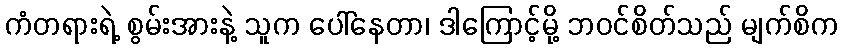
ကံတရားရဲ့ စွမ်းအားနဲ့ သူက ပေါ်နေတာ၊ ဒါကြောင့်မို့ ဘဝင်စိတ်သည် မျက်စိက